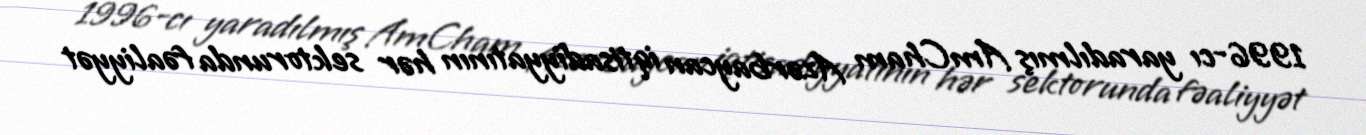
1996-cı yaradılmış AmCham Azərbaycan iqtisadiyyatının hər sektorunda fəaliyyət